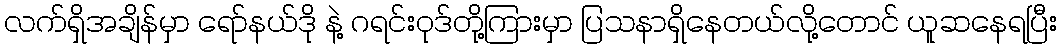
လက်ရှိအချိန်မှာ ရော်နယ်ဒို နဲ့ ဂရင်းဝုဒ်တို့ကြားမှာ ပြသနာရှိနေတယ်လို့တောင် ယူဆနေရပြီး